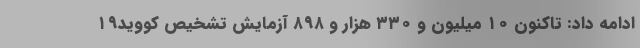
ادامه داد: تاکنون ۱۰ میلیون و ۳۳۰ هزار و ۸۹۸ آزمایش تشخیص کووید۱۹